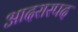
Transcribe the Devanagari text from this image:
आदरास्पद